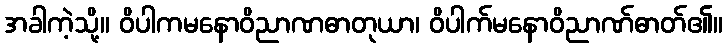
အခါကဲ့သို့။ ဝိပါကမနောဝိညာဏဓာတုယာ၊ ဝိပါက်မနောဝိညာဏ်ဓာတ်၏။